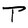
Character: T